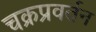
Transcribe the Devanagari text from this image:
चक्रप्रवर्तन